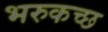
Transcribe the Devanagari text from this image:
भरुकच्छ